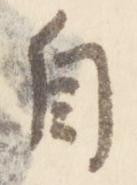
自